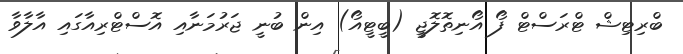
ބްރިޓިޝް ޓްރަސްޓް ފޯ އޯނިތޮލޮޖީ (ބީޓީއޯ) އިން ބުނީ ޖަރުމަނާއި އޮސްޓްރިއާގައި އާލާވާ